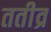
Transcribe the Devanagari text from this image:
ततीव्र